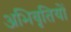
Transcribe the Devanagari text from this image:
अभिवृतियों